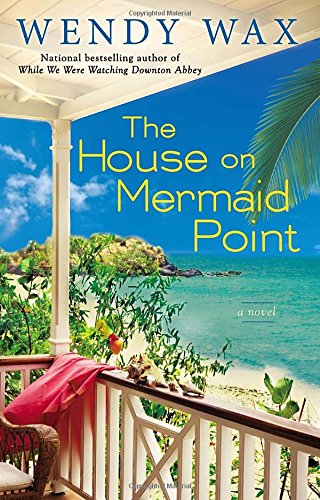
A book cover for The House on Mermaid Point (Novel); Wendy Wax; Literature & Fiction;